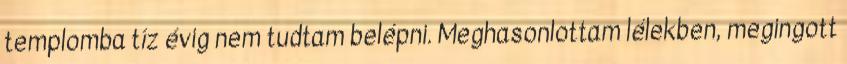
templomba tíz évig nem tudtam belépni. Meghasonlottam lélekben, megingott